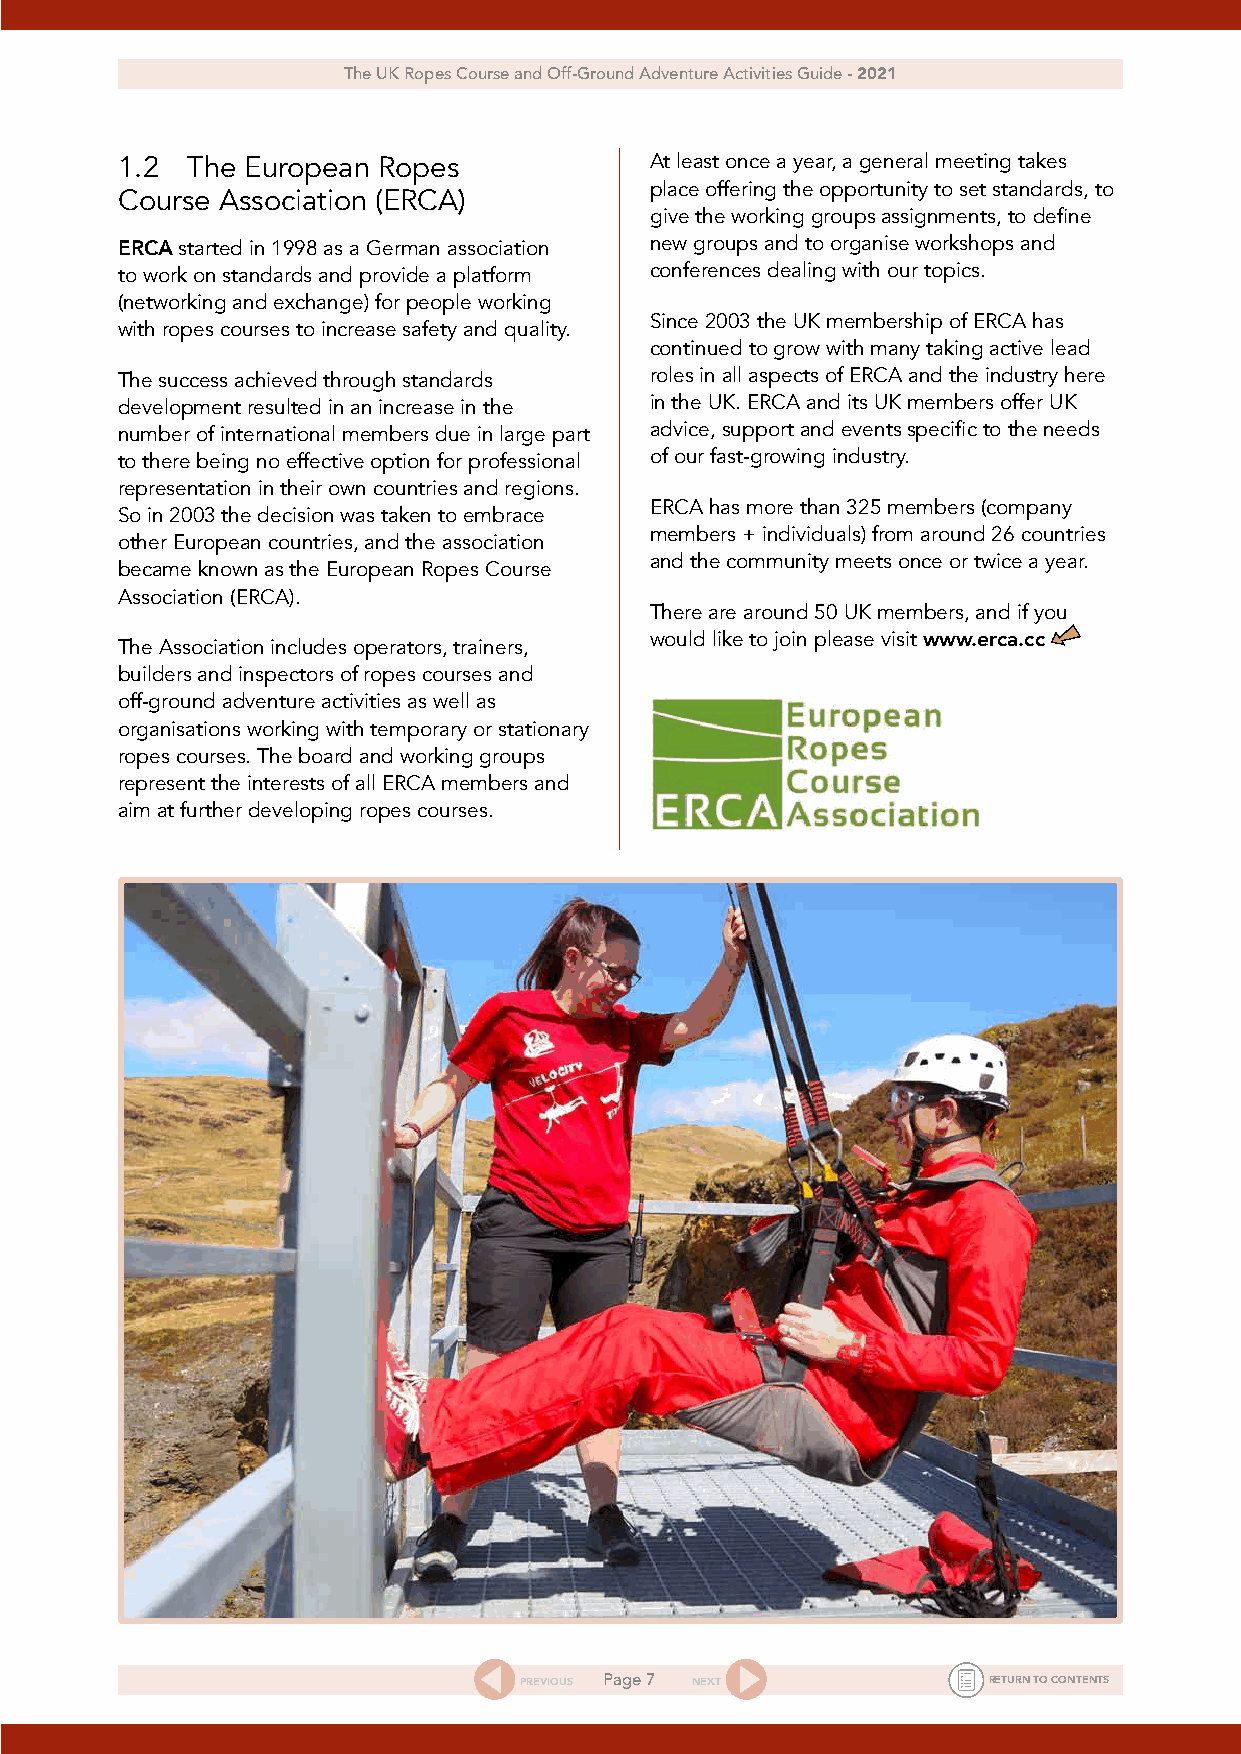
The UK Ropes Course and Off-Ground Adventure Activities Guide - 2021
 1.2 The European Ropes             At least once a year, a general meeting takes
 place offering the opportunity to set standards, to
 Course Association (ERCA)
 give the working groups assignments, to define
 ERCA started in 1998 as a German association new groups and to organise workshops and
 to work on standards and provide a platform conferences dealing with our topics.
 (networking and exchange) for people working
 Since 2003 the UK membership of ERCA has
 with ropes courses to increase safety and quality.
 continued to grow with many taking active lead
 The success achieved through standards roles in all aspects of ERCA and the industry here
 development resulted in an increase in the in the UK. ERCA and its UK members offer UK
 number of international members due in large part advice, support and events specific to the needs
 to there being no effective option for professional of our fast-growing industry.
 representation in their own countries and regions.
 ERCA has more than 325 members (company
 So in 2003 the decision was taken to embrace
 members + individuals) from around 26 countries
 other European countries, and the association
 and the community meets once or twice a year.
 became known as the European Ropes Course
 Association (ERCA).
 There are around 50 UK members, and if you
 The Association includes operators, trainers, would like to join please visit www.erca.cc
 builders and inspectors of ropes courses and
 off-ground adventure activities as well as
 organisations working with temporary or stationary
 ropes courses. The board and working groups
 represent the interests of all ERCA members and
 aim at further developing ropes courses.
 PREVIOUS Page 7 NEXT           RETURN TO CONTENTS